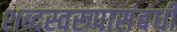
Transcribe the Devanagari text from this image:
शब्दस्वरूपासंबंधी